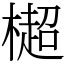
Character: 㯧